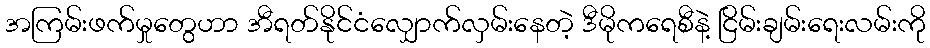
အကြမ်းဖက်မှုတွေဟာ အီရတ်နိုင်ငံလျှောက်လှမ်းနေတဲ့ ဒီမိုကရေစီနဲ့ ငြိမ်းချမ်းရေးလမ်းကို